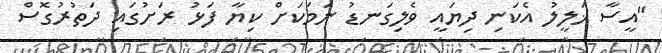
"އީސާ ޚަލީލު އެކަނި ދިޔައީ ވެލިގަނޑު ނަމަކަށް ކިޔާ ފަޅު ރަށުގައި ދަތުރުގޮސް